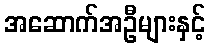
အဆောက်အဦများနှင့်